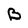
Character: B